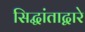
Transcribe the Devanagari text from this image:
सिद्धांताद्वारे